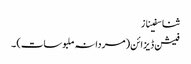
ثنا سفیناز
فیشن ڈیزائن (مردانہ ملبوسات) ۔